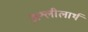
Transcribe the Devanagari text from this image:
अश्लीलार्थ